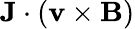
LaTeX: {\mathbf J}\cdot({\mathbf v}\times{\mathbf B})